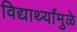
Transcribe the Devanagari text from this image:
विद्यार्थ्यांमुळे